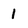
Character: 1